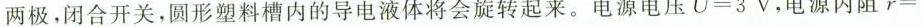
两极，闭合开关，圆形塑料槽内的导电液体将会旋转起来。电源电压U=3V，电源内阻r=